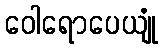
ဝေါရောပေယျုံ